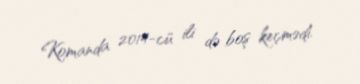
Komanda 2014-cü ili də boş keçmədi.